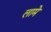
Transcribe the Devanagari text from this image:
लामे